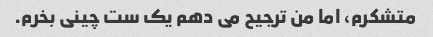
متشکرم، اما من ترجیح می دهم یک ست چینی بخرم.